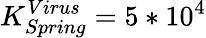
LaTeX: K_{Spring}^{Virus}=5*10^{4}